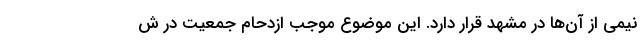
نیمی از آن‌ها در مشهد قرار دارد. این موضوع موجب ازدحام جمعیت در ش